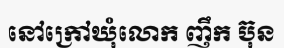
នៅក្រៅឃុំលោក ញឹក ប៊ុន